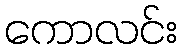
ကောလင်း